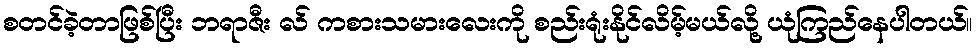
စတင်ခဲ့တာဖြစ်ပြီး ဘရာဇီး လ် ကစားသမားလေးကို စည်းရုံးနိုင်လိမ့်မယ်လို့ ယုံကြည်နေပါတယ်။